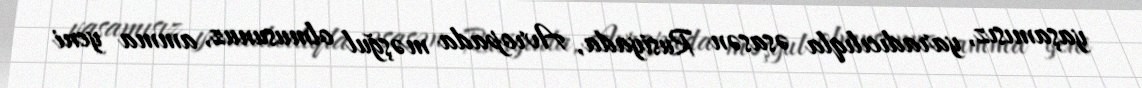
yaşamısız, yaradıcılıqla əsasən Rusiyada, Avropada məşğul olmusunuz, amma yeni